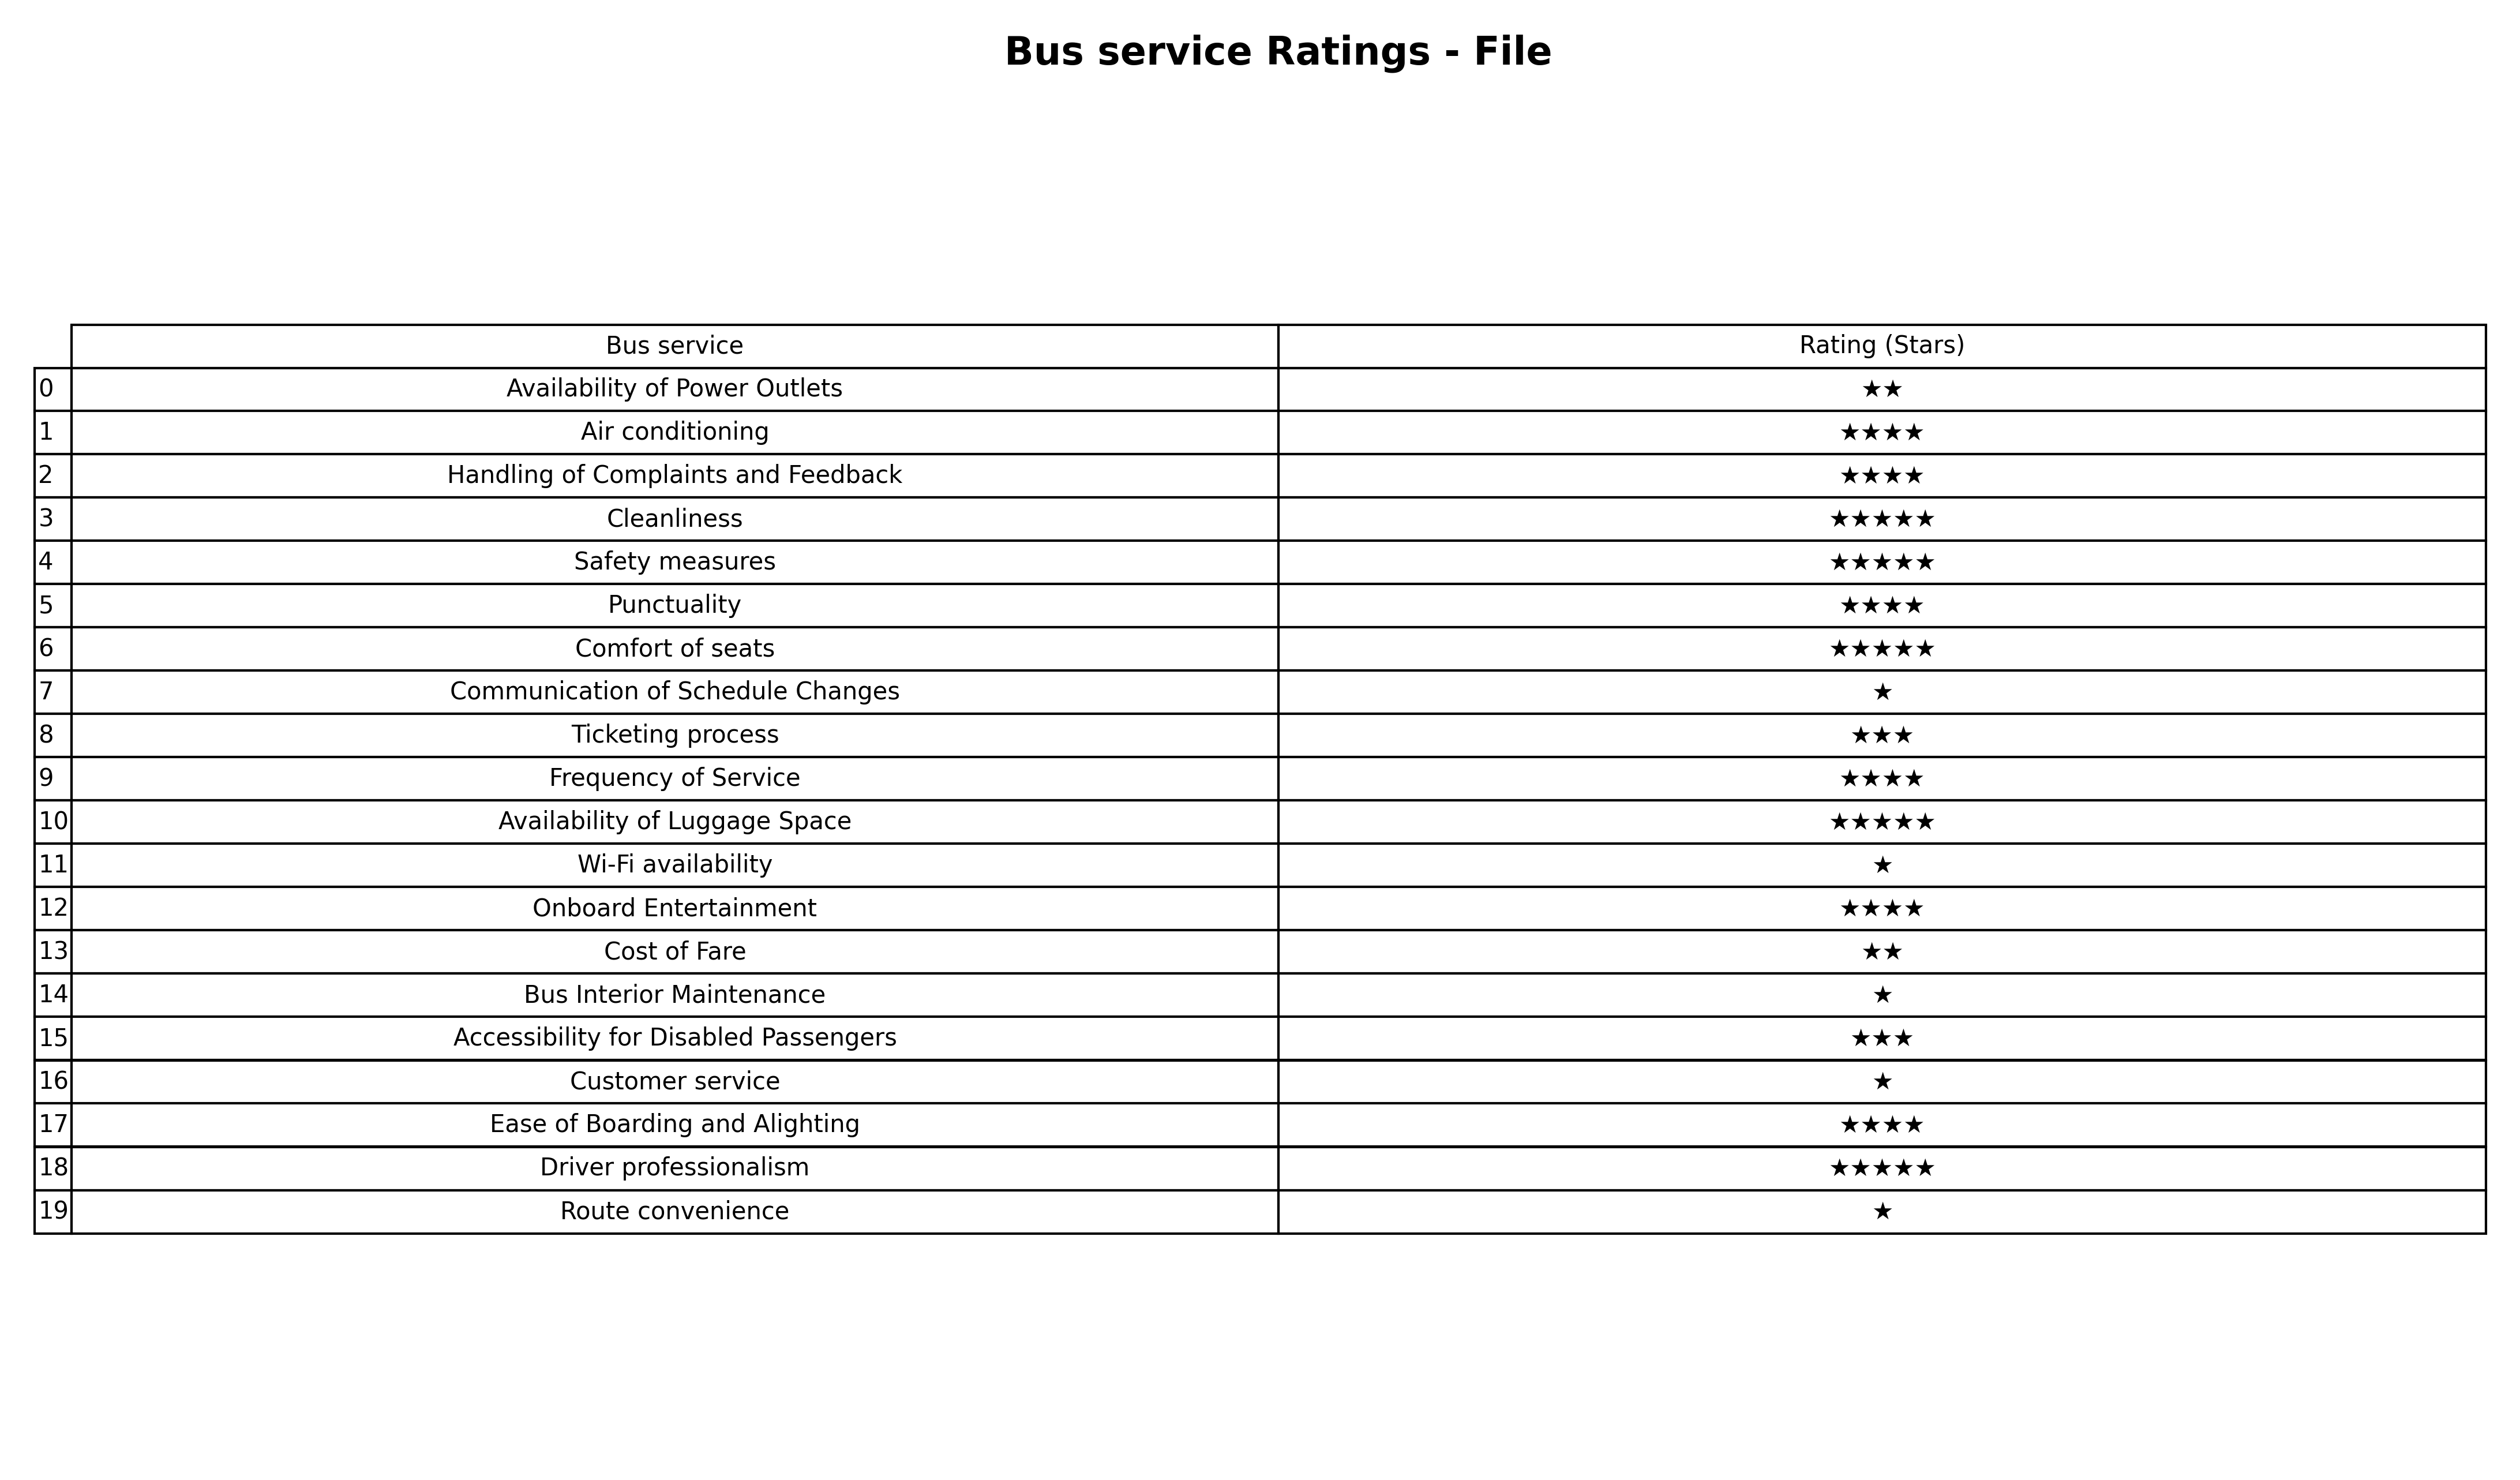
question: Which services are rated average?
answer: Ticketing processAccessibility for Disabled Passengers